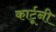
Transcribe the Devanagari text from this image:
कार्टूनी